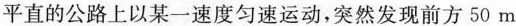
平直的公路上以某一速度匀速运动，突然发现前方50m